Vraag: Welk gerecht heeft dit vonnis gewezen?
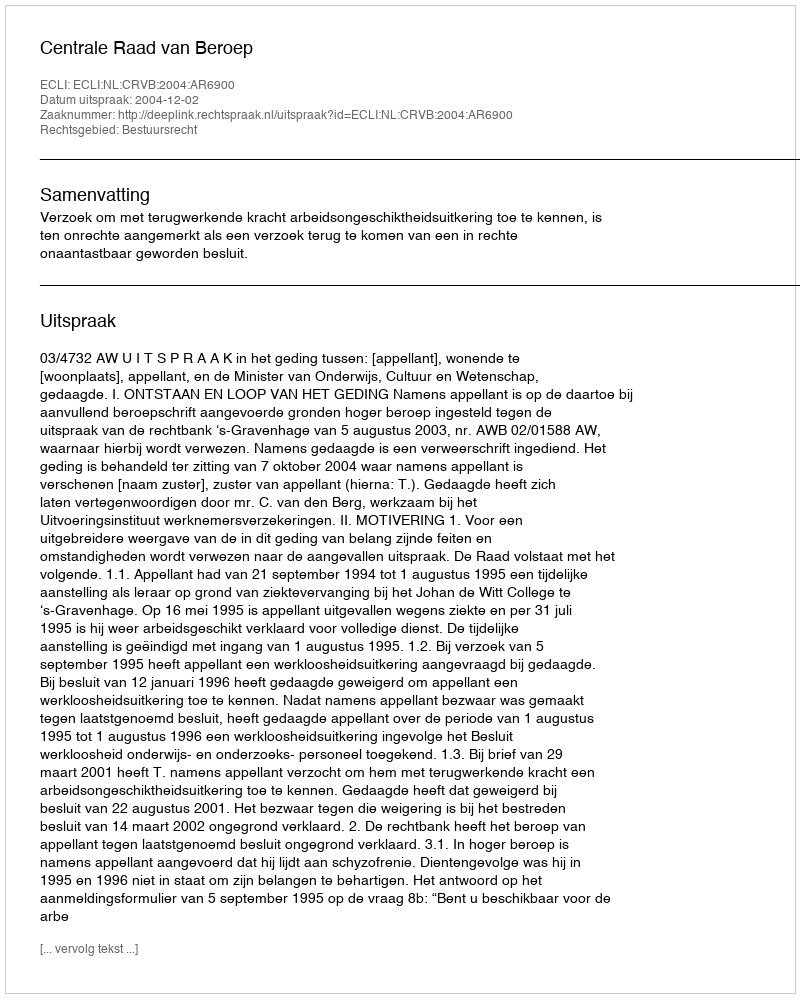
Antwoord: Centrale Raad van Beroep